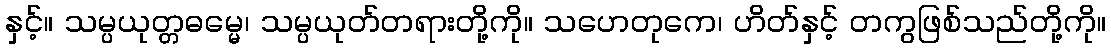
နှင့်။ သမ္ပယုတ္တဓမ္မေ၊ သမ္ပယုတ်တရားတို့ကို။ သဟေတုကေ၊ ဟိတ်နှင့် တကွဖြစ်သည်တို့ကို။